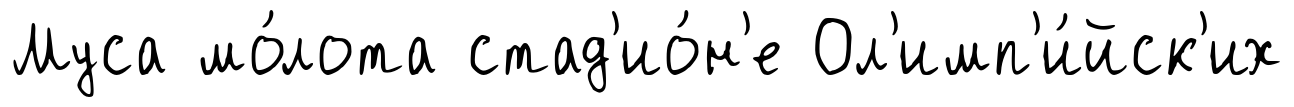
Муса мо́лота стад'ио́н'е Ол'имп'и́йск'их